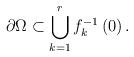
LaTeX: \begin{align*}\partial \Omega \subset \bigcup_{k=1}^{r}f_{k}^{-1}\left( 0\right) .\end{align*}